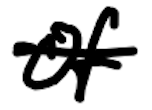
Text: of
Cross-out: scratch
Writing tool: digital_black